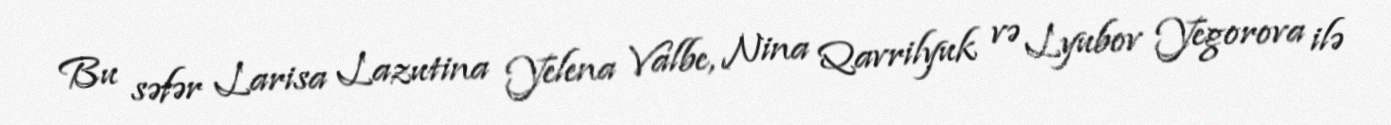
Bu səfər Larisa Lazutina Yelena Valbe, Nina Qavrilyuk və Lyubov Yegorova ilə